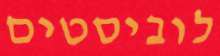
לוביסטים